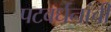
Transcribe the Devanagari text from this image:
पटवर्धनांची